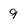
Character: 9